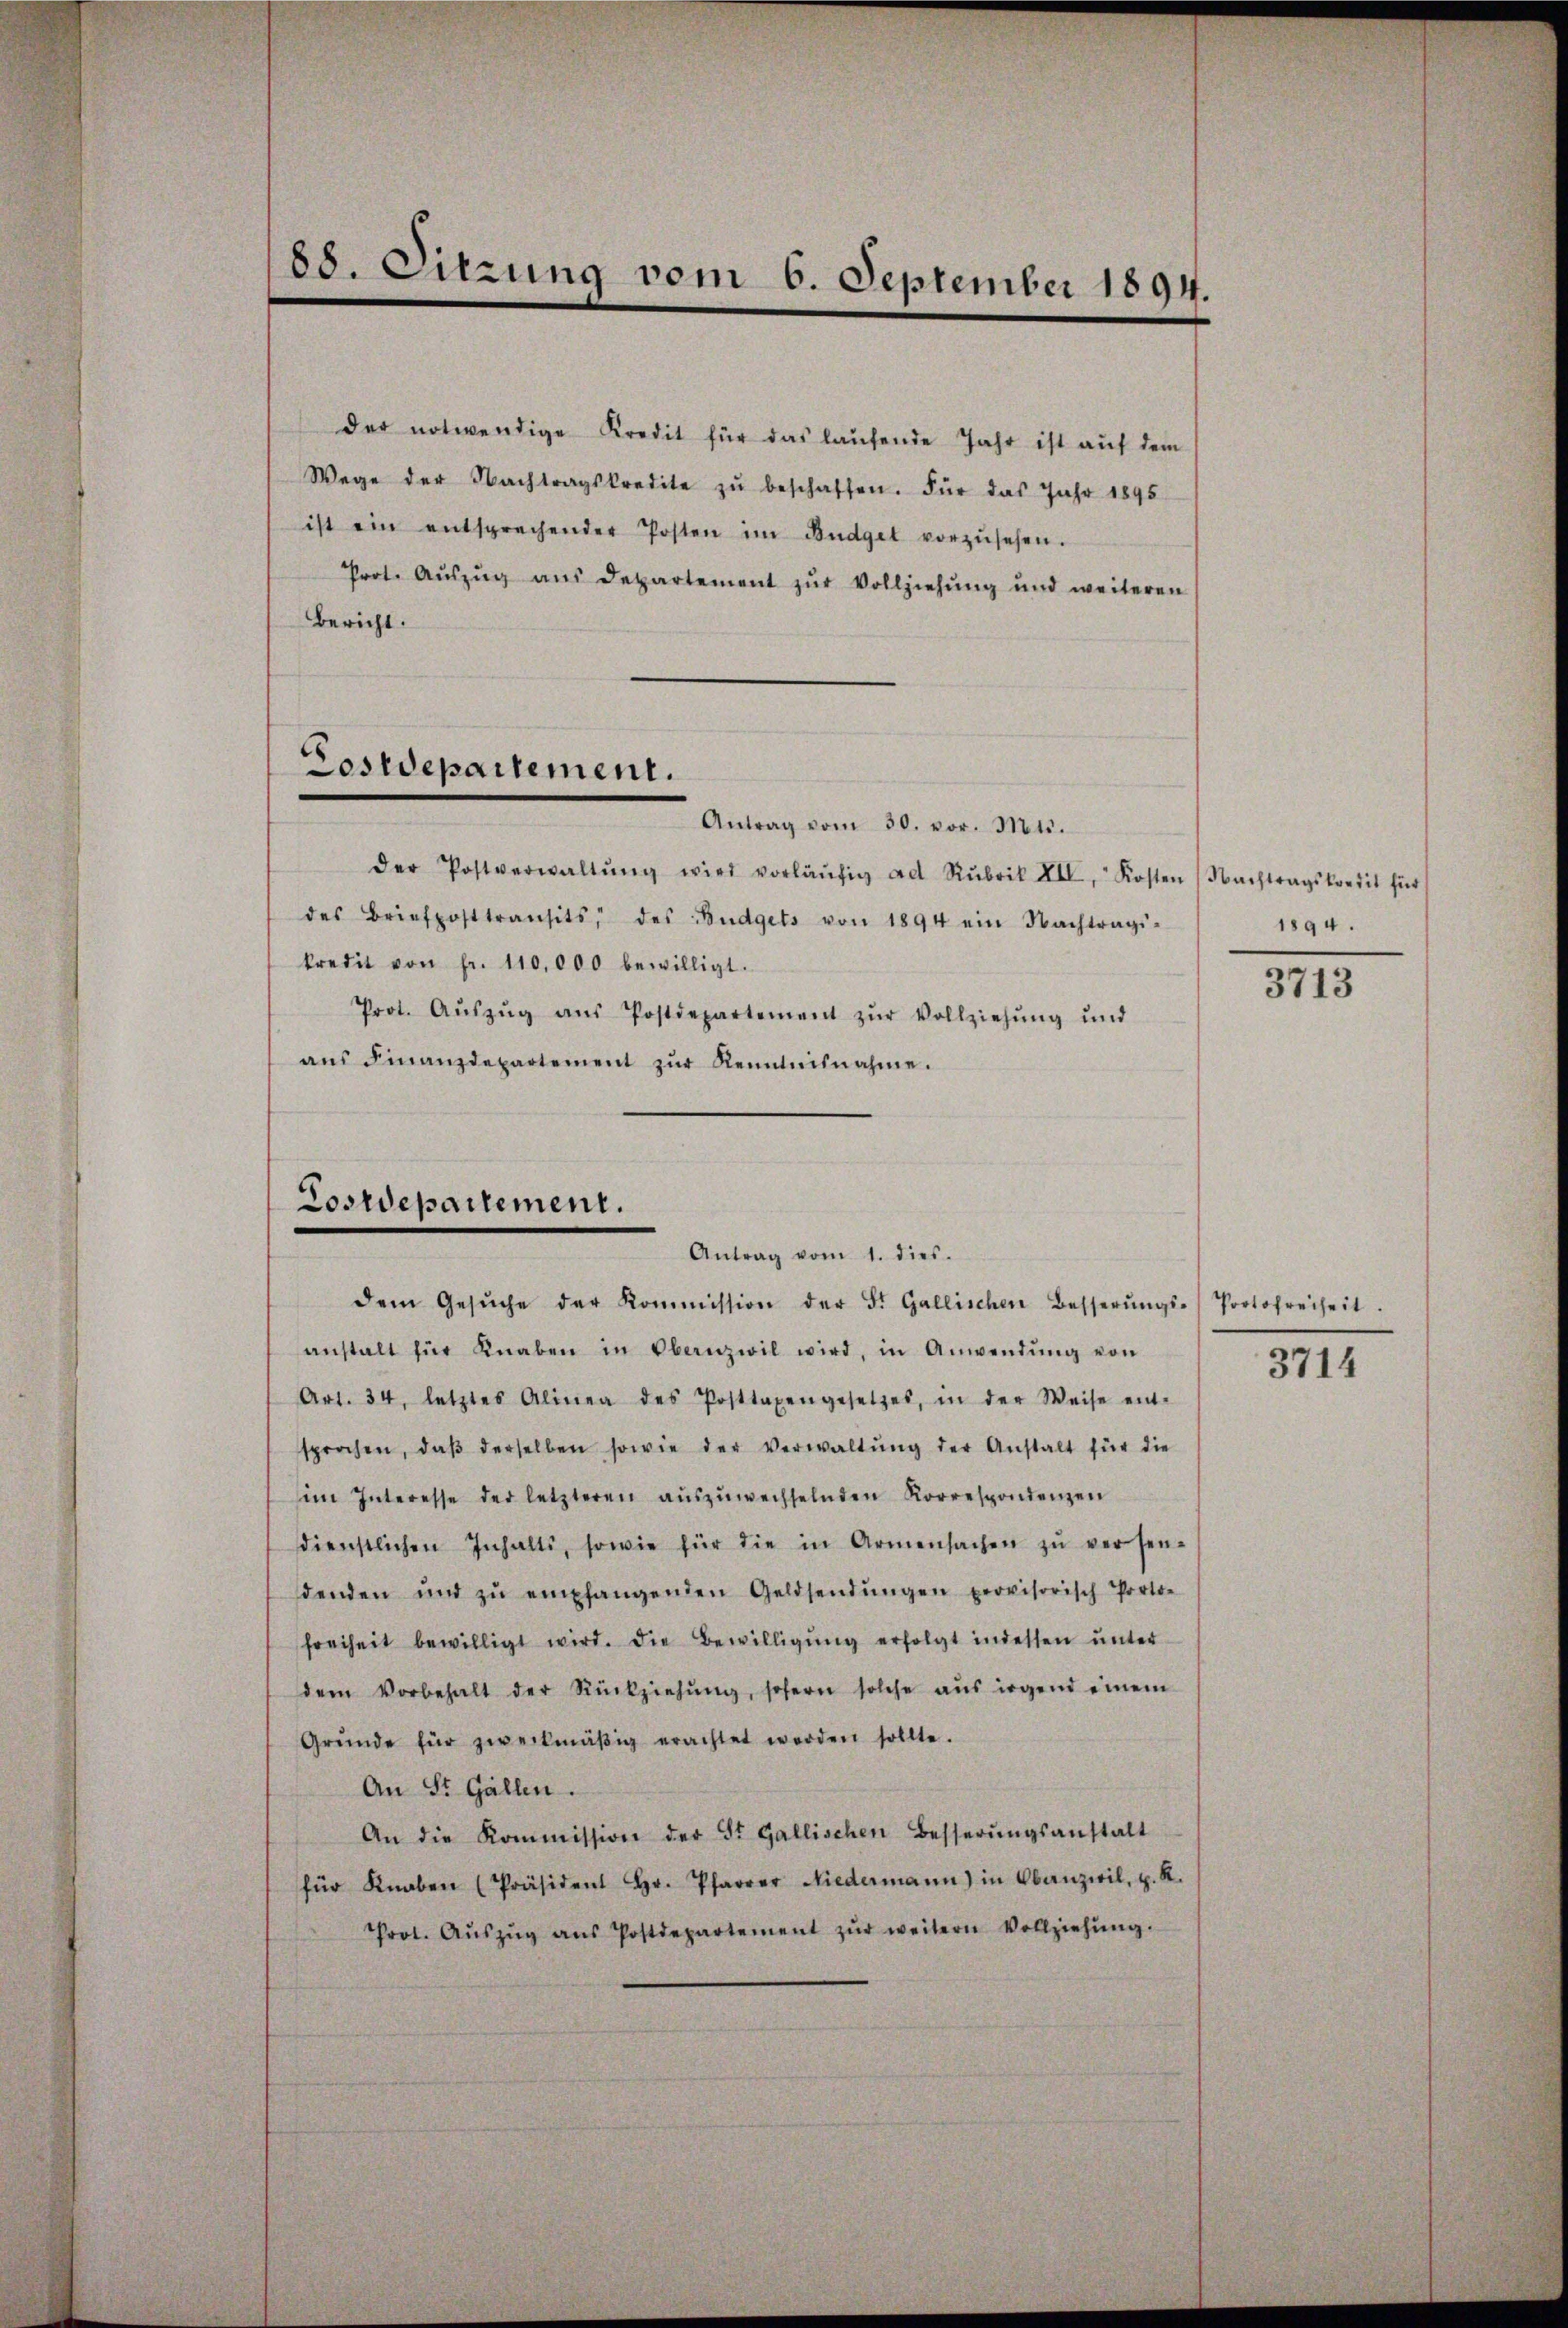
88. Sitzung vom 6. September 1894.

der notwendige Kredit für das laufende Jahr ist auf dem
Wege der Nachtragskredite zŭ beschaffen. Für das Jahr 1895
ist ein entsprechender Posten im Büdget vorzŭsehen.
Prot. Aŭszŭg aŭs Departement zŭr Vollziehŭng und weiteren
Bericht.
Antrag vom 30. vor. Mts.
der Postverwaltŭng wird vorläŭfig ad Rubrik XII, Kosten (Nachtragskredit für
des Briefposttransits, des Budgets von 1894 ein Nachtragi-
kredit von fr. 110,000 bewilligt.
Prot. Aŭszŭg aŭs Postdepartement zŭr Vollziehŭng ŭnd
aŭs Finanzdepartement zŭr Renntnisnahme.

Coswepartement.

Postdepartement.
Antrag vom 1. dies

dem Gesŭche der Kommission der St. Gallischen Besserŭngs-Protofreiheit.
anstalt für Knaben in Obanzwil wird, in Anwendŭng von
Art. 34. letztes Alinea des Posttaxengesetzes, in der Weise ent-
sprochen, daβ derselben sowie der Verwaltŭng der Anstalt für die
im Interesse der letzteren aŭszŭwechselnden Korrespondenzen
dienstlichen Inhalts, sowie für die in Armensachen zŭ versen-
senden und zŭ empfangenden Geldsendŭngen provisorisch Porto-
freiheit bewilligt wird. Die Bewilligŭng erfolgt indessen ŭnter-
dem Vorbehalt der Rückziehŭng, sofern solche aŭs irgend einem
Gründe für zweckmäβig erachtet werden sollte.
An St. Gallen.
An die Kommission der St. Gallischen Besserŭngsanstalt
für Knaben (Präsident Hr. Pfarrer Niedermann) in Obanzivil, u. K.
Prot. Aŭszŭg aŭs Postdepartement zŭr weitern Vollziehŭng.

1894.

3713

3714